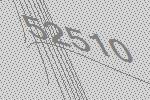
52510